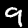
Label: 9